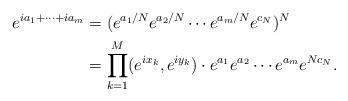
\begin{align*}e^{ia_1+\dots+ia_m} &=(e^{a_1/N}e^{a_2/N}\cdots e^{a_m/N}e^{c_N})^N\\& =\prod_{k=1}^M(e^{ix_k},e^{iy_k})\cdot e^{a_1}e^{a_2}\cdots e^{a_m}e^{Nc_N}.\end{align*}